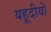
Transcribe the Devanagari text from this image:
यहूदीयों